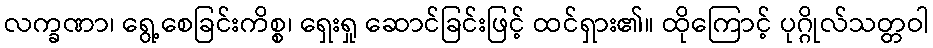
လက္ခဏာ၊ ရွေ့စေခြင်းကိစ္စ၊ ရှေးရှု ဆောင်ခြင်းဖြင့် ထင်ရှား၏။ ထိုကြောင့် ပုဂ္ဂိုလ်သတ္တဝါ